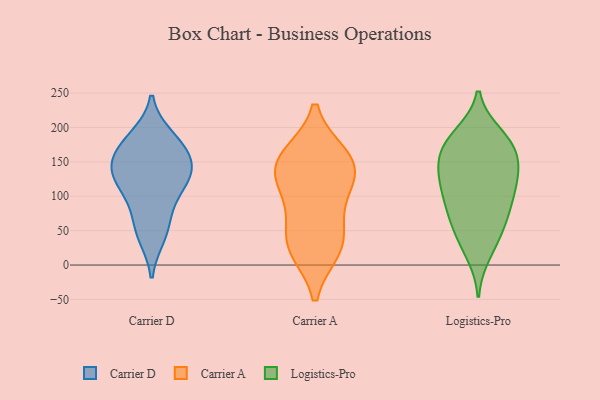
{"axis": {"x": "Headcount", "y": "Value"}, "legend": ["Carrier A", "Carrier D", "Logistics-Pro"], "data": [{"x": "", "y": 53, "type": "Carrier D"}, {"x": "", "y": 177, "type": "Carrier D"}, {"x": "", "y": 129, "type": "Carrier D"}, {"x": "", "y": 42, "type": "Carrier D"}, {"x": "", "y": 139, "type": "Carrier D"}, {"x": "", "y": 83, "type": "Carrier D"}, {"x": "", "y": 186, "type": "Carrier D"}, {"x": "", "y": 152, "type": "Carrier D"}, {"x": "", "y": 172, "type": "Carrier D"}, {"x": "", "y": 122, "type": "Carrier D"}, {"x": "", "y": 110, "type": "Carrier D"}, {"x": "", "y": 143, "type": "Carrier D"}, {"x": "", "y": 111, "type": "Carrier A"}, {"x": "", "y": 66, "type": "Carrier A"}, {"x": "", "y": 23, "type": "Carrier A"}, {"x": "", "y": 115, "type": "Carrier A"}, {"x": "", "y": 159, "type": "Carrier A"}, {"x": "", "y": 138, "type": "Carrier A"}, {"x": "", "y": 155, "type": "Carrier A"}, {"x": "", "y": 33, "type": "Carrier A"}, {"x": "", "y": 151, "type": "Carrier A"}, {"x": "", "y": 26, "type": "Carrier A"}, {"x": "", "y": 166, "type": "Logistics-Pro"}, {"x": "", "y": 133, "type": "Logistics-Pro"}, {"x": "", "y": 49, "type": "Logistics-Pro"}, {"x": "", "y": 184, "type": "Logistics-Pro"}, {"x": "", "y": 170, "type": "Logistics-Pro"}, {"x": "", "y": 180, "type": "Logistics-Pro"}, {"x": "", "y": 17, "type": "Logistics-Pro"}, {"x": "", "y": 123, "type": "Logistics-Pro"}, {"x": "", "y": 78, "type": "Logistics-Pro"}, {"x": "", "y": 67, "type": "Logistics-Pro"}, {"x": "", "y": 82, "type": "Logistics-Pro"}, {"x": "", "y": 97, "type": "Logistics-Pro"}, {"x": "", "y": 119, "type": "Logistics-Pro"}, {"x": "", "y": 189, "type": "Logistics-Pro"}, {"x": "", "y": 36, "type": "Logistics-Pro"}, {"x": "", "y": 146, "type": "Logistics-Pro"}, {"x": "", "y": 151, "type": "Logistics-Pro"}, {"x": "", "y": 115, "type": "Logistics-Pro"}]}